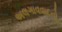
અલગાવવાદનો